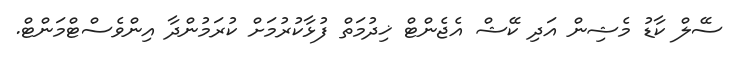
ސޭލް ކާޑު މެޝިން އަދި ކޭޝް އެޖެންޓް ޚިދުމަތް ފުޅާކުރުމަށް ކުރަމުންދާ އިންވެސްޓްމަންޓް.